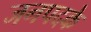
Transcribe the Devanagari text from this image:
जनपदके